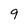
Character: 9